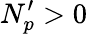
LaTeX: N_{p}^{\prime}>0